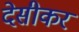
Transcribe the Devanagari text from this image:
देसीकर